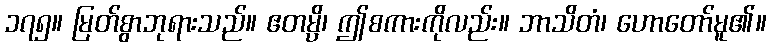
၁၇၅။ မြတ်စွာဘုရားသည်။ ဧတမ္ပိ၊ ဤစကားကိုလည်း။ ဘာသိတံ၊ ဟောတော်မူ၏။